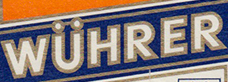
WUHRER